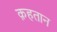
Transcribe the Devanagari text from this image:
क़हतान